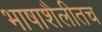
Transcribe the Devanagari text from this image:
भाषाशैलीतच